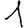
Digit: 1